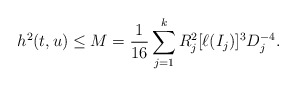
\begin{align*}h^2(t,u)\le M=\frac{1}{16}\sum_{j=1}^kR_j^2[\ell(I_j)]^3D_j^{-4}.\end{align*}